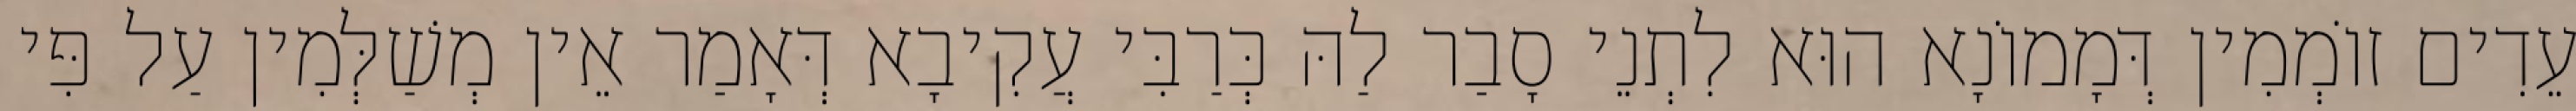
עֵדִים זוֹמְמִין דְּמָמוֹנָא הוּא לִתְנֵי סָבַר לַהּ כְּרַבִּי עֲקִיבָא דְּאָמַר אֵין מְשַׁלְּמִין עַל פִּי